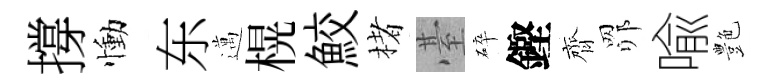
撐慟东邁榥鮫楮䑓碎鏗齊𦊑喩艶